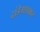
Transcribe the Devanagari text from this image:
दांडेगावकर